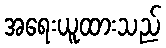
အရေးယူထားသည်